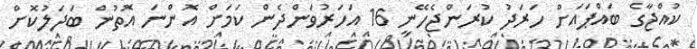
ކުއްޖާގެ ބައްޕައަށް ހަރަދު ކުރަންޖެހޭނީ 16 އަހަރުވަންދެން ކަމަށް އޮންނަ އޮތުން ބަދަލުކޮށް